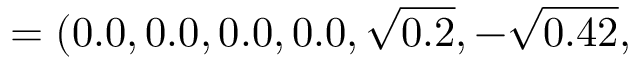
= ( 0 . 0 , 0 . 0 , 0 . 0 , 0 . 0 , \sqrt { 0 . 2 } , - \sqrt { 0 . 4 2 } ,